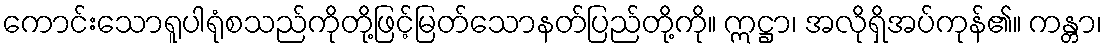
ကောင်းသောရူပါရုံစသည်ကိုတို့ဖြင့်မြတ်သောနတ်ပြည်တို့ကို။ ဣဋ္ဌာ၊ အလိုရှိအပ်ကုန်၏။ ကန္တာ၊